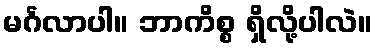
မင်္ဂလာပါ။ ဘာကိစ္စ ရှိလို့ပါလဲ။